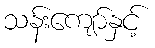
သန်းကျော်နှင့်